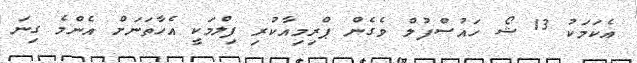
އެކަމަކު 13 ޝޯ ހައުސްފުލް ވެގެން ޕްރިމިއާކުރި ފިލްމަކީ އެހާތަނަށް އެންމެ ގިނަ